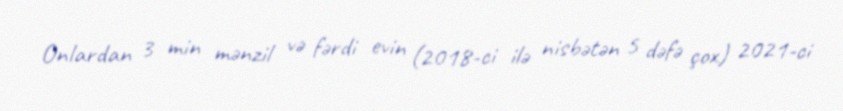
Onlardan 3 min mənzil və fərdi evin (2018-ci ilə nisbətən 5 dəfə çox) 2021-ci